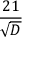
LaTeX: \frac { 2 1 } { \sqrt { D } }